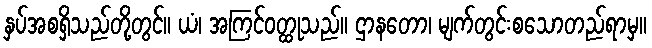
နှပ်အစရှိသည်တို့တွင်။ ယံ၊ အကြင်ဝတ္ထုသည်။ ဌာနတော၊ မျက်တွင်းစသောတည်ရာမှ။